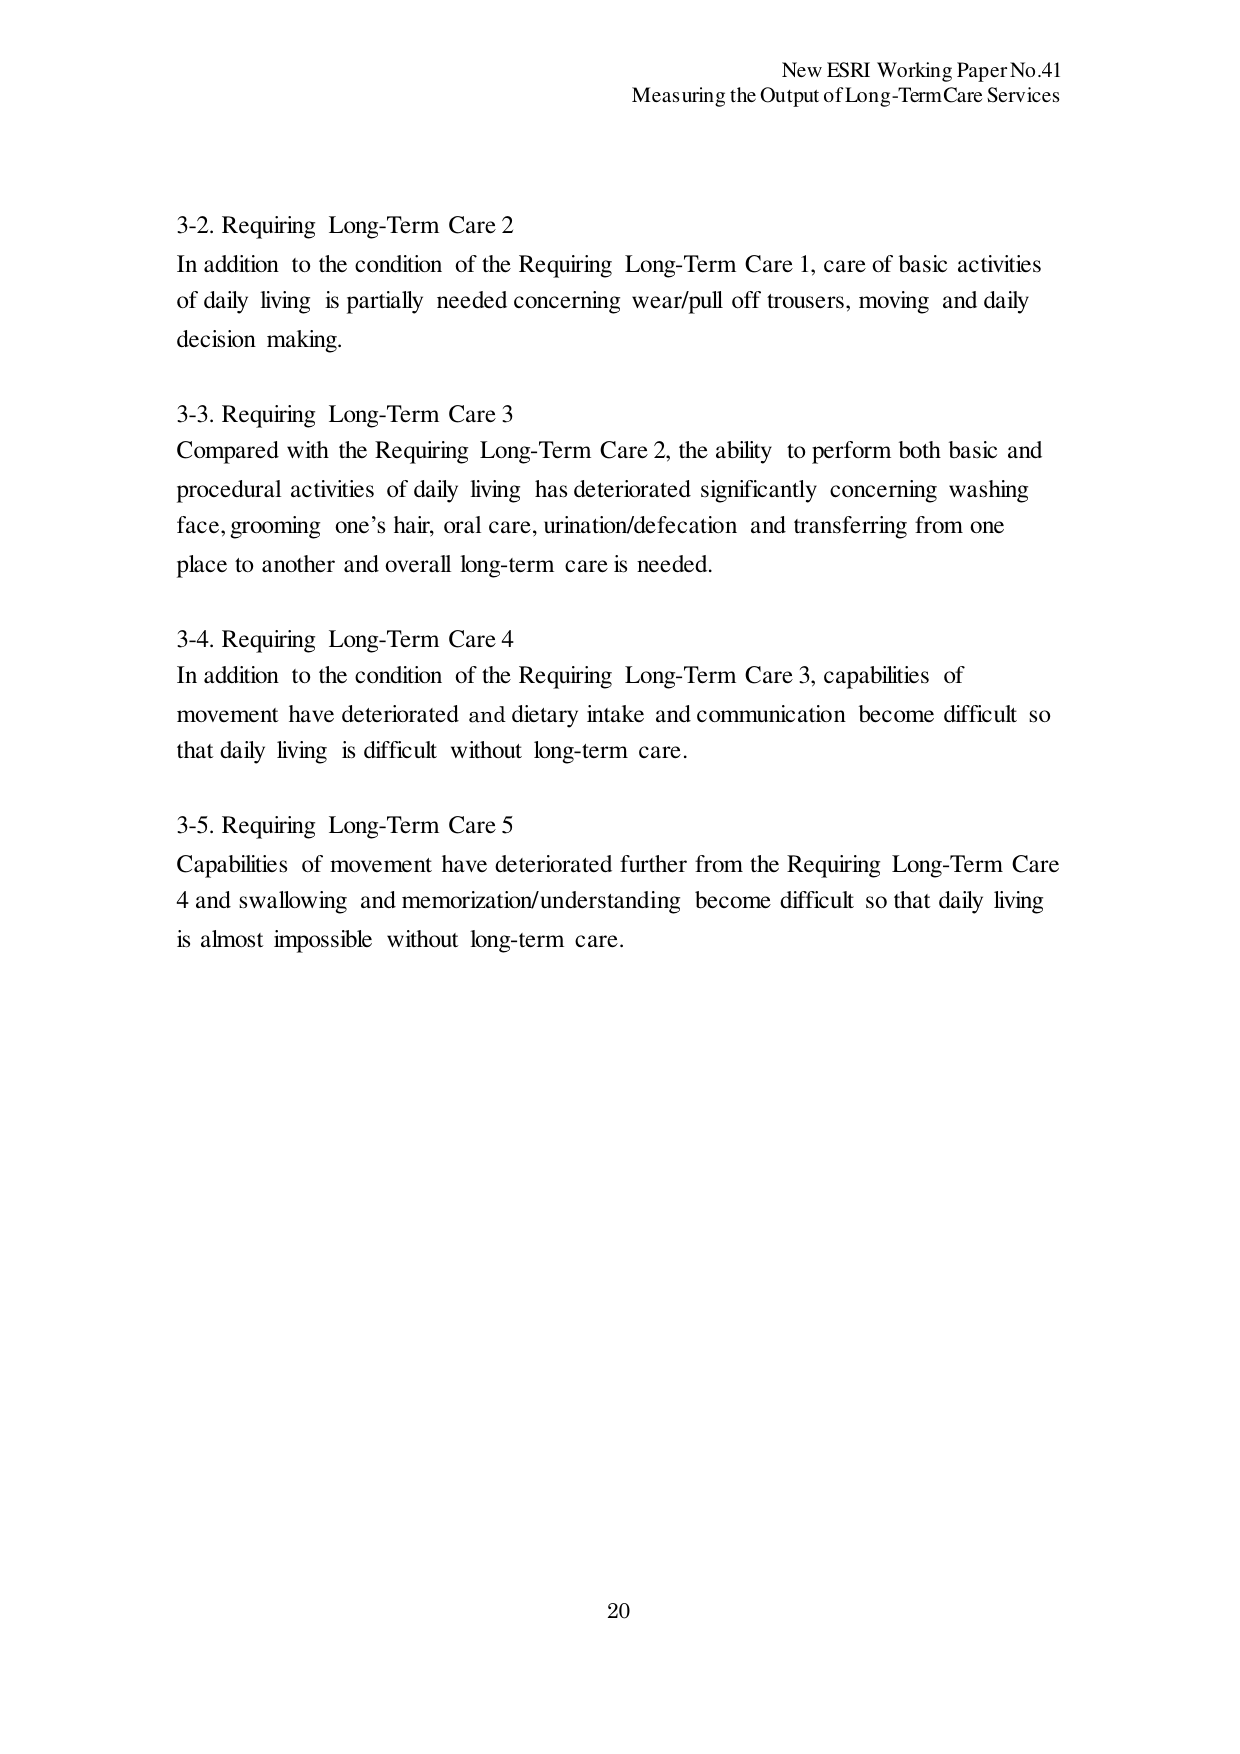
New ESRI Working Paper No.41
Measuring the Output of Long-Term Care Services

3-2. Requiring Long-Term Care 2
In addition to the condition of the Requiring Long-Term Care 1, care of basic activities of daily living is partially needed concerning wear/pull off trousers, moving and daily decision making.

3-3. Requiring Long-Term Care 3
Compared with the Requiring Long-Term Care 2, the ability to perform both basic and procedural activities of daily living has deteriorated significantly concerning washing face, grooming one’s hair, oral care, urination/defecation and transferring from one place to another and overall long-term care is needed.

3-4. Requiring Long-Term Care 4
In addition to the condition of the Requiring Long-Term Care 3, capabilities of movement have deteriorated and dietary intake and communication become difficult so that daily living is difficult without long-term care.

3-5. Requiring Long-Term Care 5
Capabilities of movement have deteriorated further from the Requiring Long-Term Care 4 and swallowing and memorization/understanding become difficult so that daily living is almost impossible without long-term care.

20